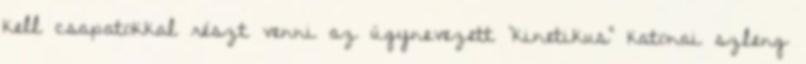
kell csapatokkal részt venni az úgynevezett “kinetikus” katonai szleng